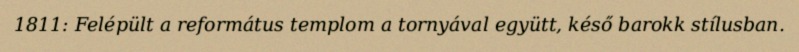
1811: Felépült a református templom a tornyával együtt, késő barokk stílusban.